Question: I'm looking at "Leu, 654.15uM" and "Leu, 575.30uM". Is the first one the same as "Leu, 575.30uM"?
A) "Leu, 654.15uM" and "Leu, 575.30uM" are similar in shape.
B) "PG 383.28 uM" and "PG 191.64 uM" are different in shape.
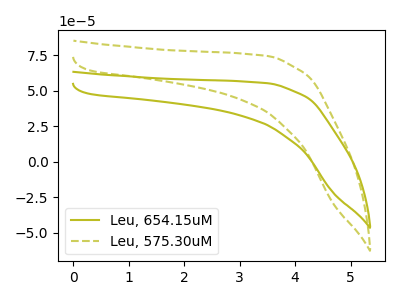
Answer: <think>The olive curve "Leu, 654.15uM" has no peaks. The olive dashed curve "Leu, 575.30uM" has no peaks.
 Neither "Leu, 654.15uM" or "Leu, 575.30uM" have any peaks.</think>
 <answer>A) "Leu, 654.15uM" and "Leu, 575.30uM" are similar in shape.</answer>
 <eval>A</eval>